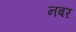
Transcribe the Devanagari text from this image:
नबर